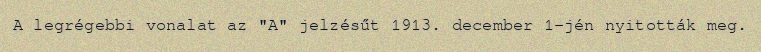
A legrégebbi vonalat az "A" jelzésűt 1913. december 1-jén nyitották meg.